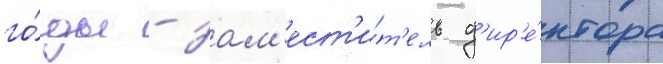
го́ды - зам'ест'и́т'ель д'ир'е́ктора